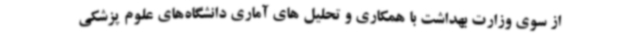
از سوی وزارت بهداشت با همکاری و تحلیل های آماری دانشگاه‌های علوم پزشکی